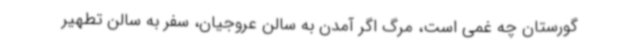
گورستان چه غمی است،‌ مرگ اگر آمدن به سالن عروجیان، سفر به سالن تطهیر